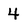
Character: 4